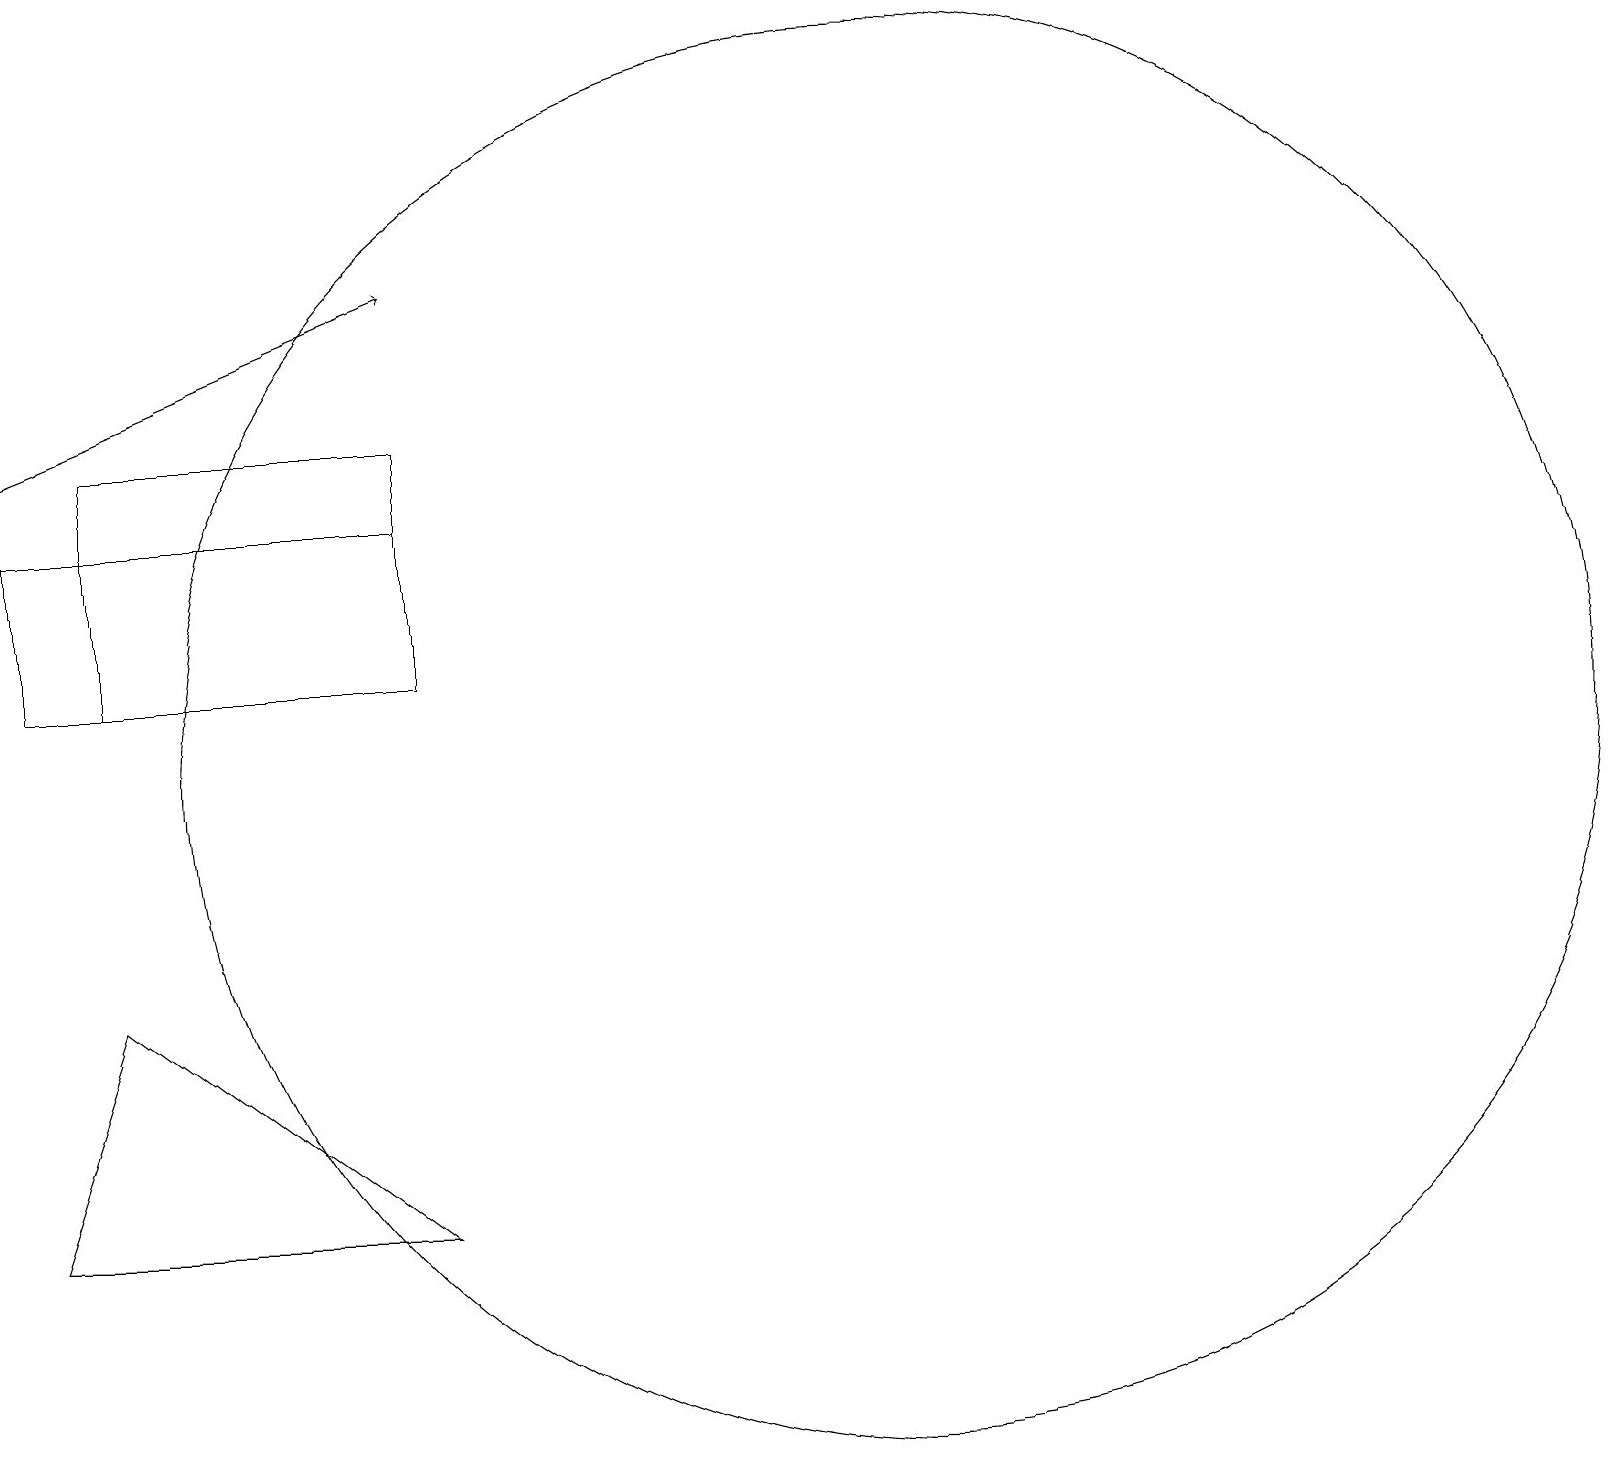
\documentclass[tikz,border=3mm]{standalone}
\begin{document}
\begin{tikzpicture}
\draw (0,5) -- (5,5) -- (1,8) -- cycle;
\draw (11,11) circle (9);
\draw (0,12) rectangle (5,14);
\draw[->] (0,15) -- (5,17);
\draw (5,15) rectangle (1,12);
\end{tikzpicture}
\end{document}